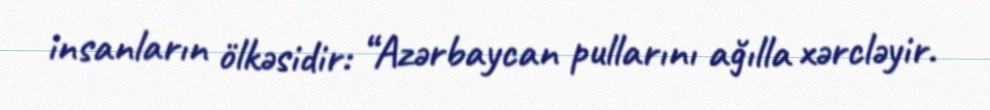
insanların ölkəsidir: “Azərbaycan pullarını ağılla xərcləyir.